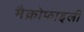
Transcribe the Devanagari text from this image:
मैक्रोफाइली